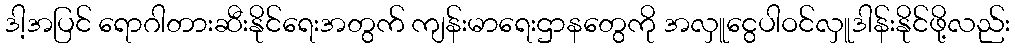
ဒါ့အပြင် ရောဂါတားဆီးနိုင်ရေးအတွက် ကျန်းမာရေးဌာနတွေကို အလှူငွေပါဝင်လှူဒါန်းနိုင်ဖို့လည်း